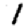
Digit: 1